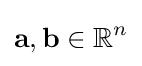
\mathbf {a} ,\mathbf {b} \in \mathbb {R} ^{n}